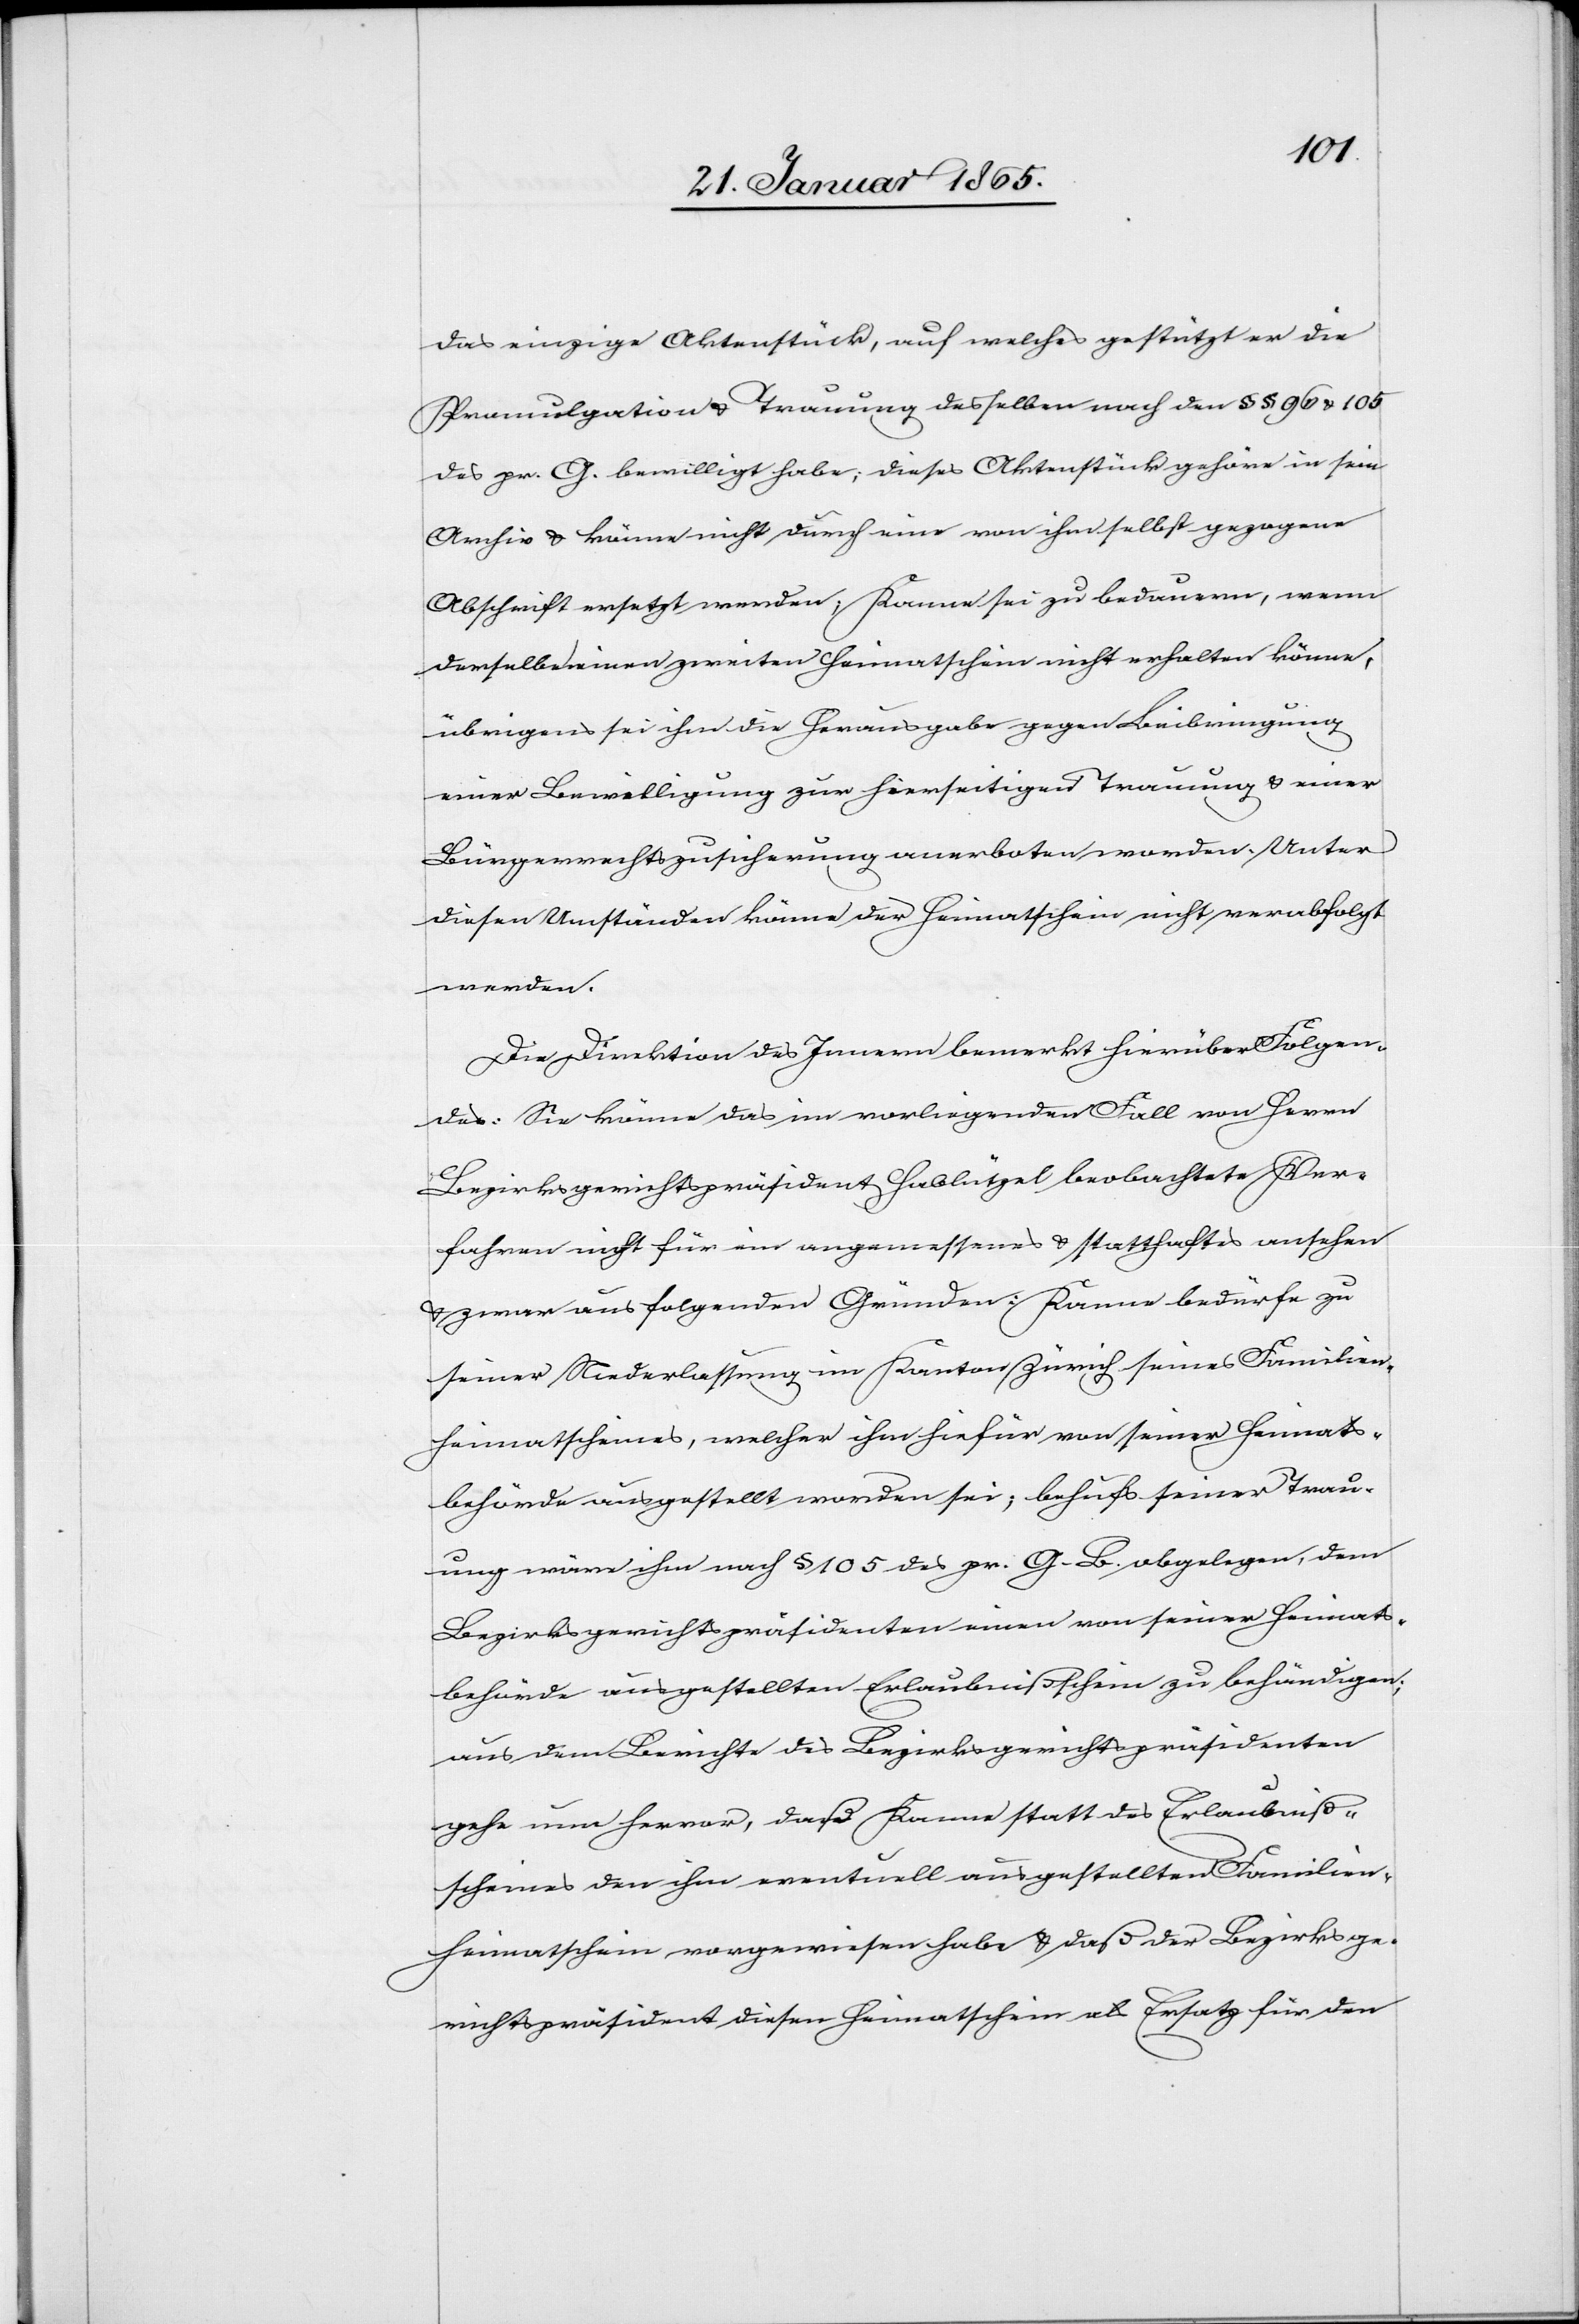
das einzige Aktenstück, auf welches gestützt er die
Promulgation u. Trauung desselben nach den § § 96 u. 105
des pr. G. bewilligt habe; dieses Aktenstück gehöre in sein
Archiv u. könne nicht durch eine von ihm selbst gezogene
Abschrift ersetzt werden, Kanne sei zu bedauern, wenn
derselbe einen zweiten Heimatschein nicht erhalten könne,
übrigens sei ihm die Herausgabe gegen Beibringung
einer Bewilligung zur hierseitigen Trauung u. einer
Bürgerrechtszusicherung anerboten worden. Unter
diesen Umständen könne der Heimatschein nicht verabfolgt
werden.
Die Direktion des Innern bemerkt hierüber Folgen¬
des: Sie könne das im vorliegenden Fall von Herrn
Bezirksgerichtspräsident Hablützel beobachtete Ver¬
fahren nicht für ein angemessenes u. statthaftes ansehen
u. zwar aus folgenden Gründen: Kanne bedürfe zu
seiner Niederlassung im Kanton Zürich seines Familien¬
heimatscheines, welcher ihm hiefür von seiner Heimats¬
behörde ausgestellt worden sei; behufs seiner Trau¬
ung wäre ihm nach § 105 des pr. G. B. obgelegen, dem
Bezirksgerichtspräsidenten einen von seiner Heimats¬
behörde ausgestellten Erlaubnißschein zu behändigen;
aus dem Berichte des Bezirksgerichtspräsidenten
gehe nun hervor, daß Kanne statt des Erlaubniß¬
scheines den ihm eventuell ausgestellten Familien¬
heimatschein vorgewiesen habe u. daß der Bezirksge¬
richtspräsident diesen Heimatschein als Ersatz für den